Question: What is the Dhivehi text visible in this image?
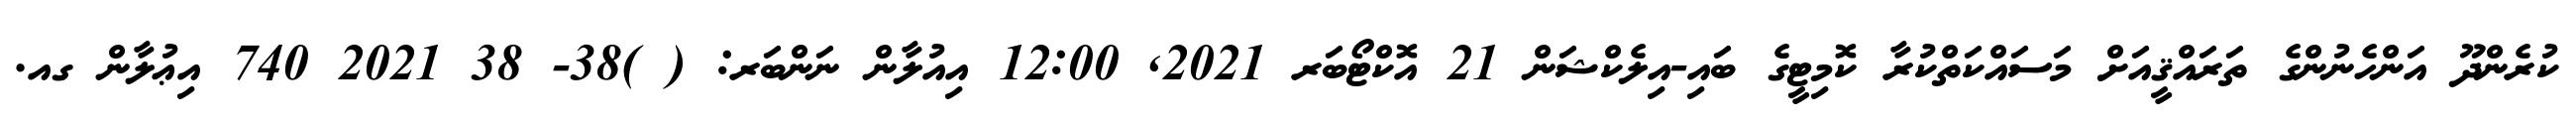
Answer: ކުރެންދޫ އަންހެނުންގެ ތަރައްޤީއަށް މަސައްކަތްކުރާ ކޮމިޓީގެ ބައި-އިލެކްޝަން 21 އޮކްޓޯބަރ 2021, 12:00 އިއުލާން ނަންބަރ: ( )38- 38 2021 740 އިޢުލާން ގއ.